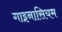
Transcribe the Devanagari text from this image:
गाइनासियम